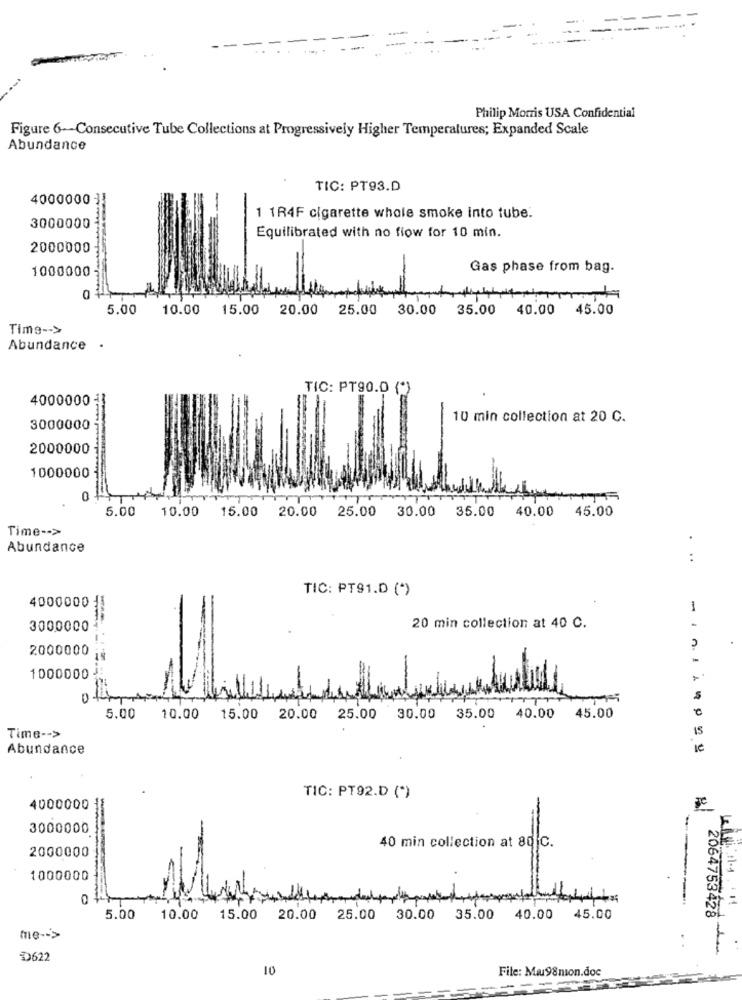
= ==
-------
Philip Morris USA Confidential
Figure 6-Consecutive Tube Collections at Progressively Higher Temperatures; Expanded Scale
Abundance
TIC: PT93.D
40000001
1 1R4F cigarette whole smoke into tube.
3000000
Equilibrated with no flow for 10 min.
2000000
1000000
Gas phase from bag.
0
mit
5.00 10.00 15.00 20.00 25.00 30.00 35.00 40.00 45.00
Time -- >
Abundance .
TIC: PT90.0 (*)
4000000
10 min collection at 20 C.
3000000
2000000
1000000
5.00
10.00
15.00 20.00 25.00 30.00
35.00 40.00 45.00
Time -- >
Abundance
:
TIC: PT91.D (*)
4000000
1
3000000
20 min collection at 40 C.
2000000
1000000
0
s
5.00
10.00
15.00
20.00
25.00
30.00
35.00 40.00
45.00
IS
Time -- >
Abundance
TIC: PT92.D (*)
4000000
3000000
40 min collection at 80 ℃.
2000000
1000000
0
44+
..--
5.00
10.00
15.00
20.00 25.00 30.00 35.00 40.00 45.00
me -- >
2064753428 _
D622
10
File: Ma98nion.doc